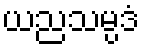
ယညသမ္ပဒံ